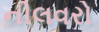
નીલવરો